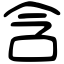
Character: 含